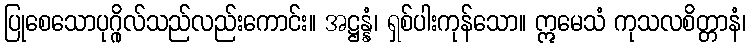
ပြုစေသောပုဂ္ဂိုလ်သည်လည်းကောင်း။ အဋ္ဌန္နံ၊ ရှစ်ပါးကုန်သော။ ဣမေသံ ကုသလစိတ္တာနံ၊